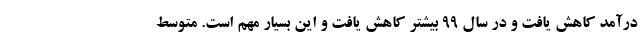
درآمد کاهش یافت و در سال ۹۹ بیشتر کاهش یافت و این بسیار مهم است. متوسط